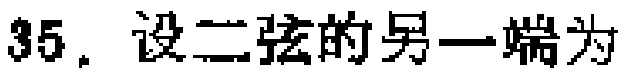
35. 设二弦的另一端为